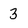
Character: 3